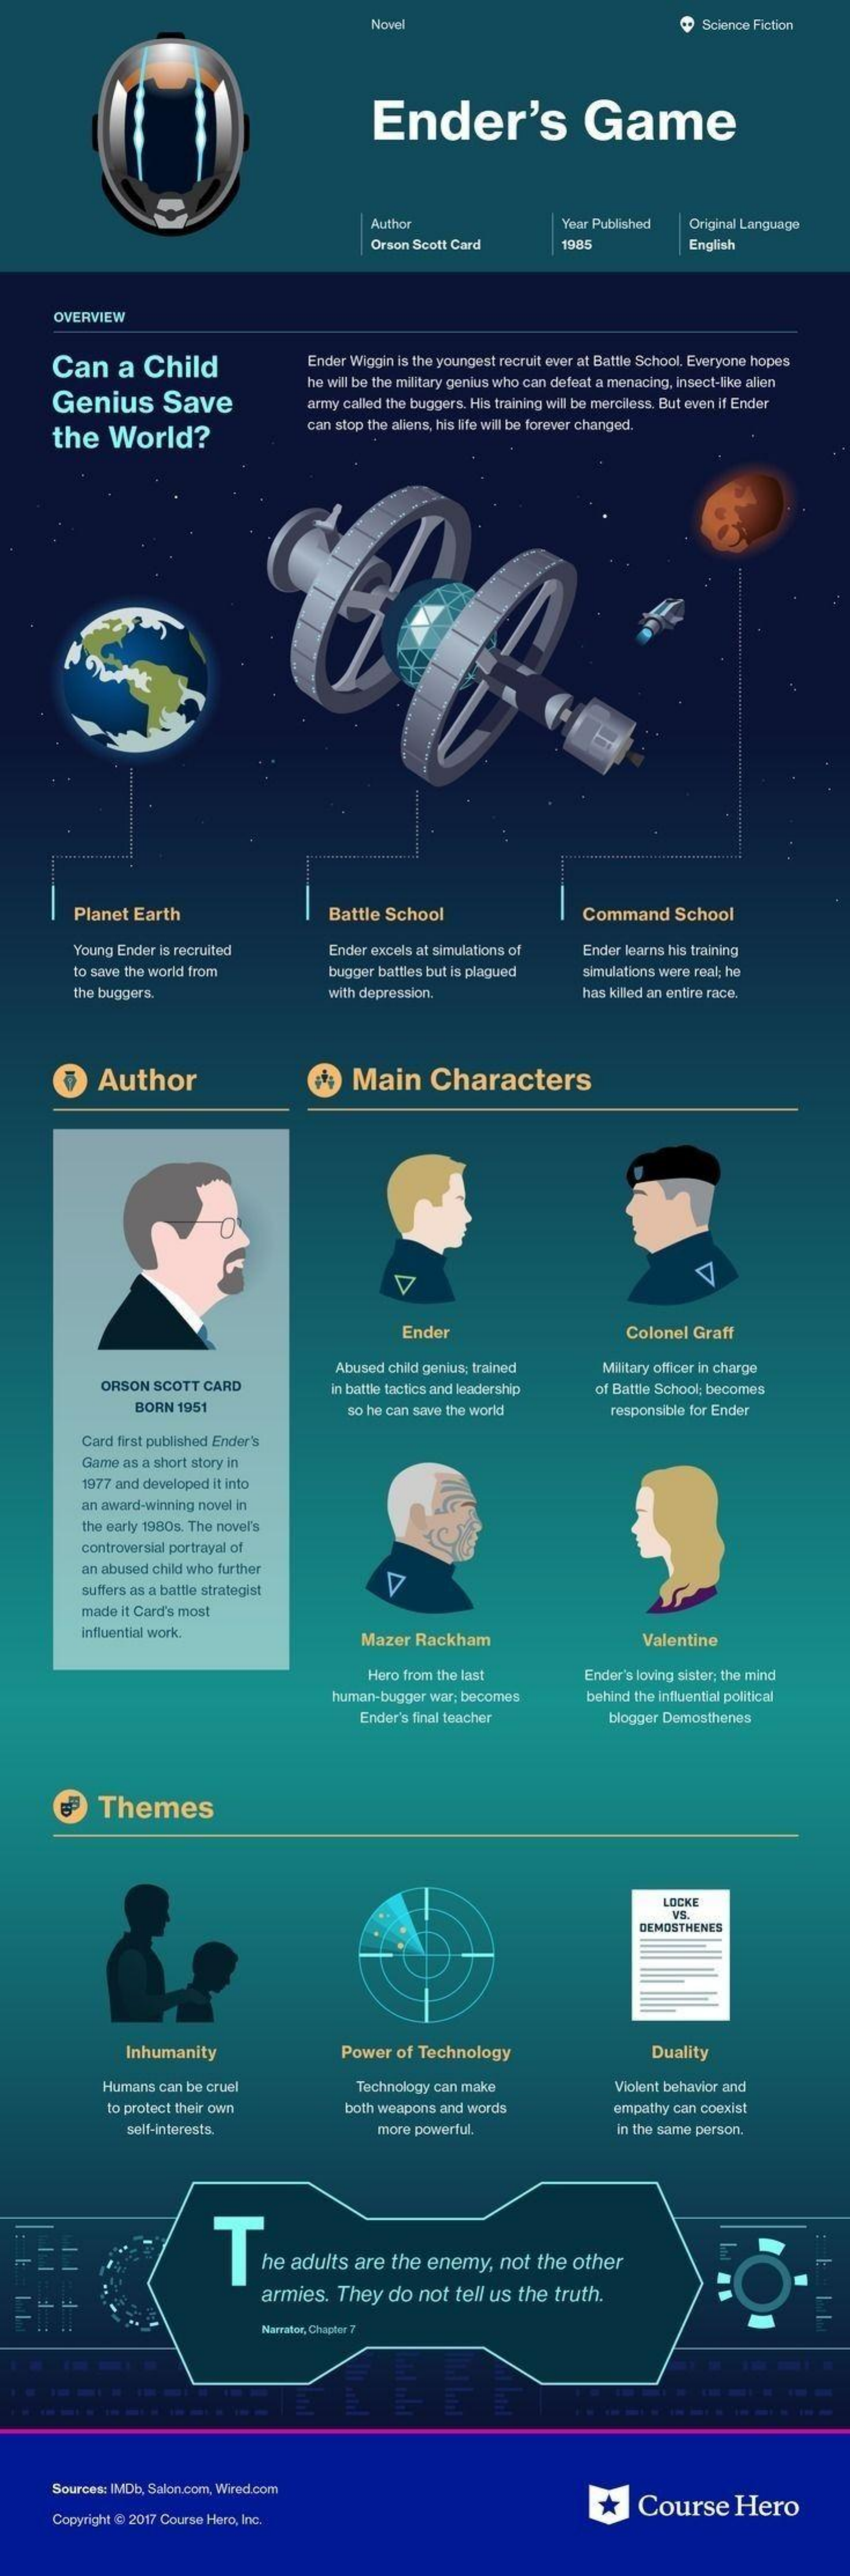
Novel    Science Fiction
     Ender's    Game
     Author    fear Published Original Language
     Orson Scott Card  1985    English
     OVERVIEW
     Can   a Child    Ender Wiggin is the youngest recruit ever at Battle School, Everyone hopes
     Genius    Save
     he will be the military genius who can defeat a menacing, insect-like alien
     army called the buggers. His training will be merciless. But even if Ender
     the  World?
     can stop the aliens, his life will be forever changed.
     .......................
     .
     Planet Earth    Battle School    Command  School
     Young Ender is recruited Ender excels at simulations of Ender learns his training
     to save the world from  bugger battles but is plagued simulations were real; he
     the buggers.    with depression.    has killed an entire race.
     Author    Main    Characters
     Ender    Colonel Graff
     Abused child genius; trained Military officer in charge
     ORSON SCOTT CARD    in battle tactics and leadership of Battle School; becomes
     BORN 1951    so he can save the world responsible for Ender
     Card first published Ender's
     Game as a short story in
     1977 and developed it into
     an award-winning novel in
     the early 1980s. The nover's
     controversial portrayal of
     an abused child who further
     suffers as a battle strategist
     made it Card's most
     influential work.    Mazer Rackham    Valentine
     Hero from the last   Ender's loving sister; the mind
     human-bugger war; becomes behind the influential political
     Ender's final teacher   blogger Demosthenes
     Themes
     LOCKE
     VS.
     DEMOSTHENES
     Inhumanity    Power of Technology    Duality
     Humans can be cruel    Technology can make    Violent behavior and
     to protect their own   both weapons and words    empathy can coexist
     self-interests.    more powerful.    in the same person.
     he adults are the enemy, not the other
     armies. They do not tell us the truth.
     Narrator, Chapter 7
     EL
     Sources: IMDb, Salon.com, Wired.com
     *   Course   Hero
     Copyright @ 2017 Course Hero, Inc.